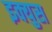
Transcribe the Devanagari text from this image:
इक्युस